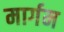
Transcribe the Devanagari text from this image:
मार्गम